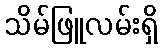
သိမ်ဖြူလမ်းရှိ